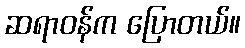
ဆရာဝန်က ပြောတယ်။